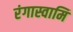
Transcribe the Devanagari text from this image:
रंगास्वामि